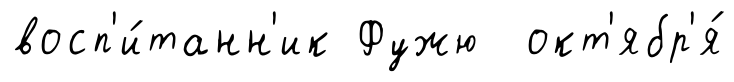
восп'и́танн'ик Фужю окт'ябр'я́